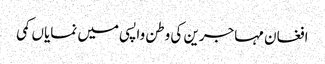
افغان مہاجرین کی وطن واپسی میں نمایاں کمی